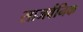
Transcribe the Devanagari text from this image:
साजर्वनिक